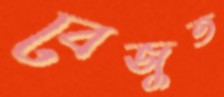
বেজুত